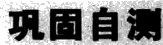
巩固自测